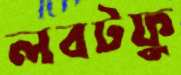
লবটফু